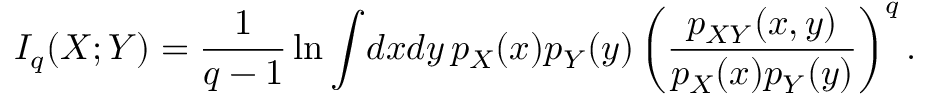
I _ { q } ( X ; Y ) = \frac { 1 } { q - 1 } \ln \int \! d x d y \, p _ { X } ( x ) p _ { Y } ( y ) \left( \frac { p _ { X Y } ( x , y ) } { p _ { X } ( x ) p _ { Y } ( y ) } \right) ^ { q } .